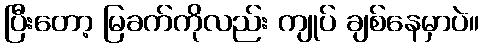
ပြီးတော့ မြခက်ကိုလည်း ကျုပ် ချစ်နေမှာပဲ။